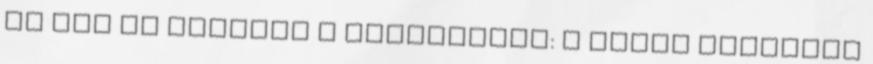
De ott is utoléri a történelem: a nácik börtönbe